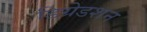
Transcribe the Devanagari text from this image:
डिग्रेडशन